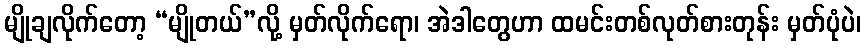
မျိုချလိုက်တော့ “မျိုတယ်”လို့ မှတ်လိုက်ရော၊ အဲဒါတွေဟာ ထမင်းတစ်လုတ်စားတုန်း မှတ်ပုံပဲ၊